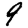
Digit: 9